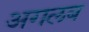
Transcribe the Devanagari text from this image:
अगलब